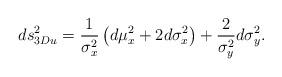
LaTeX: \begin{align*}ds_{3Du}^{2}=\frac{1}{\sigma_{x}^{2}}\left( d\mu_{x}^{2}+2d\sigma_{x}^{2}\right) +\frac{2}{\sigma_{y}^{2}}d\sigma_{y}^{2}.\end{align*}